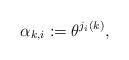
LaTeX: \begin{align*}{}\alpha_{k,i}:=\theta^{j_i(k)},\end{align*}